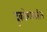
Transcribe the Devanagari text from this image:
दुकडेगावातील